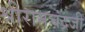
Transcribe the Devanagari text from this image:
श्रीरामचंद्रजी